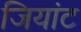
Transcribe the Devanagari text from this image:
जियांट